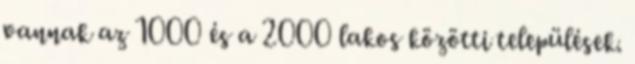
vannak az 1000 és a 2000 lakos közötti települések.